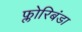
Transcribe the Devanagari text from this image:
फ्लोरिबंडा